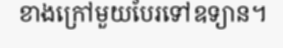
ខាងក្រៅមួយបែរទៅឧទ្យាន។